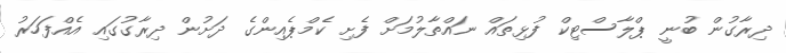
ދިރާގުން ބުނީ ޕްލާސްޓިކް ފުޅިތައް ނައްތާލުމަށް ފެށި ކެމްޕެއިންގެ ދަށުން ދިރާގުގައި އެއްފަހަރު